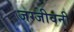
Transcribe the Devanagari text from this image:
जग्जीवनी